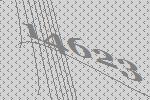
14623